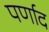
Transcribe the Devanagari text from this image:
पर्णाद